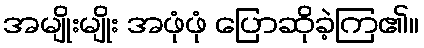
အမျိုးမျိုး အဖုံဖုံ ပြောဆိုခဲ့ကြ၏။